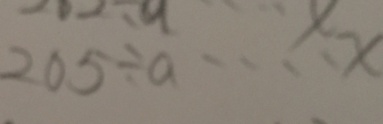
2 0 5 \div a \cdots x